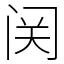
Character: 𬮦